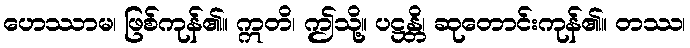
ဟေဿာမ၊ ဖြစ်ကုန်၏။ ဣတိ၊ ဤသို့။ ပဋ္ဌန္တိ၊ ဆုတောင်းကုန်၏။ တဿ၊